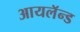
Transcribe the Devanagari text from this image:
आयलॅन्ड